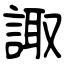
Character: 諏